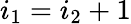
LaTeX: i_{1}=i_{2}+1